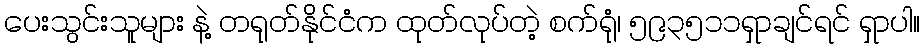
ပေးသွင်းသူများ နဲ့ တရုတ်နိုင်ငံက ထုတ်လုပ်တဲ့ စက်ရုံ၊ ၅၉၃၅၁၁ရှာချင်ရင် ရှာပါ။